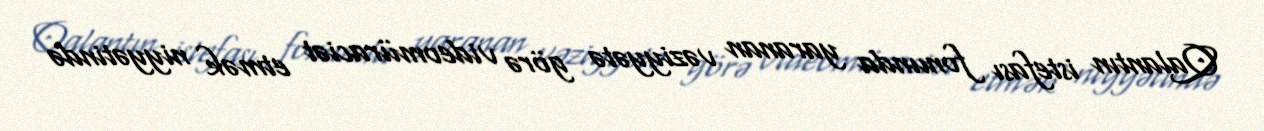
Qalantın istefası fonunda yaranan vəziyyətə görə videomüraciət etmək niyyətində